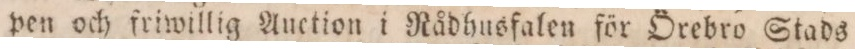
pen och friwillig Auction i Nådhusfalen för Örebro Stads